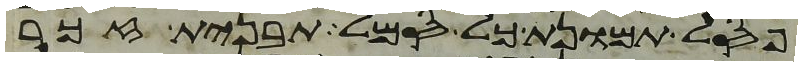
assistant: פסל תמונת כל סמל תבנית זכר